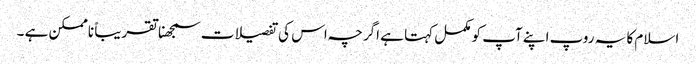
اسلام کا یہ روپ اپنے آپ کو مکمل کہتا ہے اگرچہ اس کی تفصیلات سمجھنا تقریباً ناممکن ہے ۔